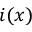
i ( x )